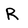
Character: R